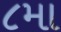
૮મા